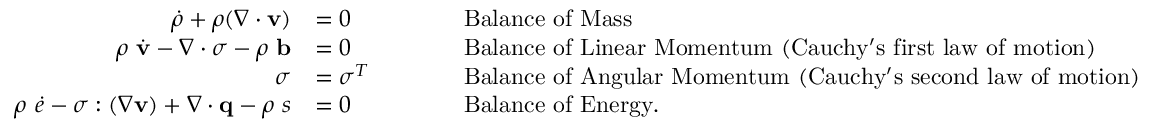
{ \begin{array} { r l r l } { { \dot { \rho } } + \rho ( { \boldsymbol { \nabla } } \cdot \mathbf { v } ) } & { = 0 } & & { \qquad { \mathrm { B a l a n c e ~ o f ~ M a s s } } } \\ { \rho ~ { \dot { \mathbf { v } } } - { \boldsymbol { \nabla } } \cdot { \boldsymbol { \sigma } } - \rho ~ \mathbf { b } } & { = 0 } & & { \qquad { \mathrm { B a l a n c e ~ o f ~ L i n e a r ~ M o m e n t u m ~ ( C a u c h y ' s ~ f i r s t ~ l a w ~ o f ~ m o t i o n ) } } } \\ { { \boldsymbol { \sigma } } } & { = { \boldsymbol { \sigma } } ^ { T } } & & { \qquad { \mathrm { B a l a n c e ~ o f ~ A n g u l a r ~ M o m e n t u m ~ ( C a u c h y ' s ~ s e c o n d ~ l a w ~ o f ~ m o t i o n ) } } } \\ { \rho ~ { \dot { e } } - { \boldsymbol { \sigma } } : ( { \boldsymbol { \nabla } } \mathbf { v } ) + { \boldsymbol { \nabla } } \cdot \mathbf { q } - \rho ~ s } & { = 0 } & & { \qquad { \mathrm { B a l a n c e ~ o f ~ E n e r g y . } } } \end{array} }